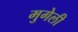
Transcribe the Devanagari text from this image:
मुगेली